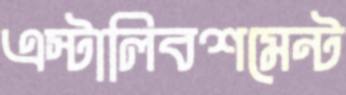
এস্টালিবশমেন্ট